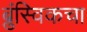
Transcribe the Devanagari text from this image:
ब्रुंस्विकचा